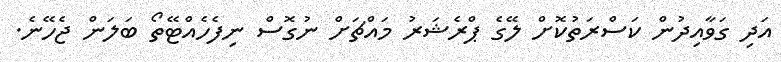
އަދި ގަވާއިދުން ކަސްރަތުކޮށް ލޭގެ ޕްރެޝަރު މައްޗަށް ނުގޮސް ނިފެހެއްޓޭތޯ ބަލަން ޖެހޭނެ.